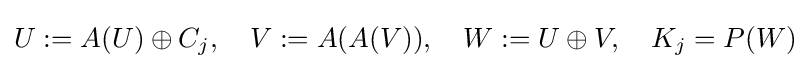
U:=A(U)\oplus C_{j},\quad V:=A(A(V)),\quad W:=U\oplus V,\quad K_{j}=P(W)